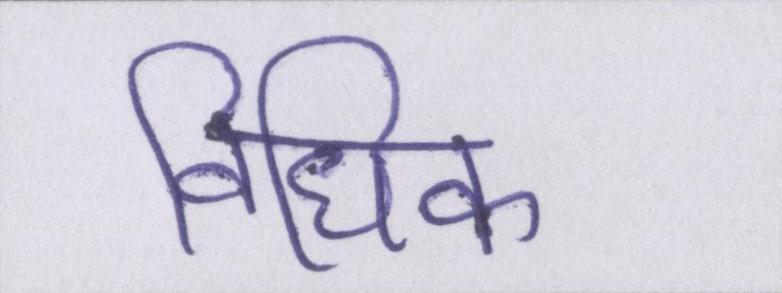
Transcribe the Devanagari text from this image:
विधिक